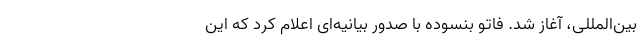
بین‌المللی، آغاز شد. فاتو بنسوده با صدور بیانیه‌ای اعلام کرد که این